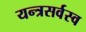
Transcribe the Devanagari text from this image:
यन्त्रसर्वस्व